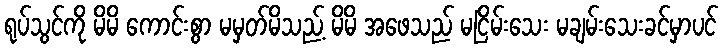
ရုပ်သွင်ကို မိမိ ကောင်းစွာ မမှတ်မိသည့် မိမိ အဖေသည် မငြိမ်းသေး မချမ်းသေးခင်မှာပင်